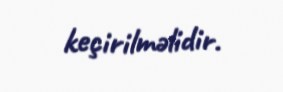
keçirilməlidir.